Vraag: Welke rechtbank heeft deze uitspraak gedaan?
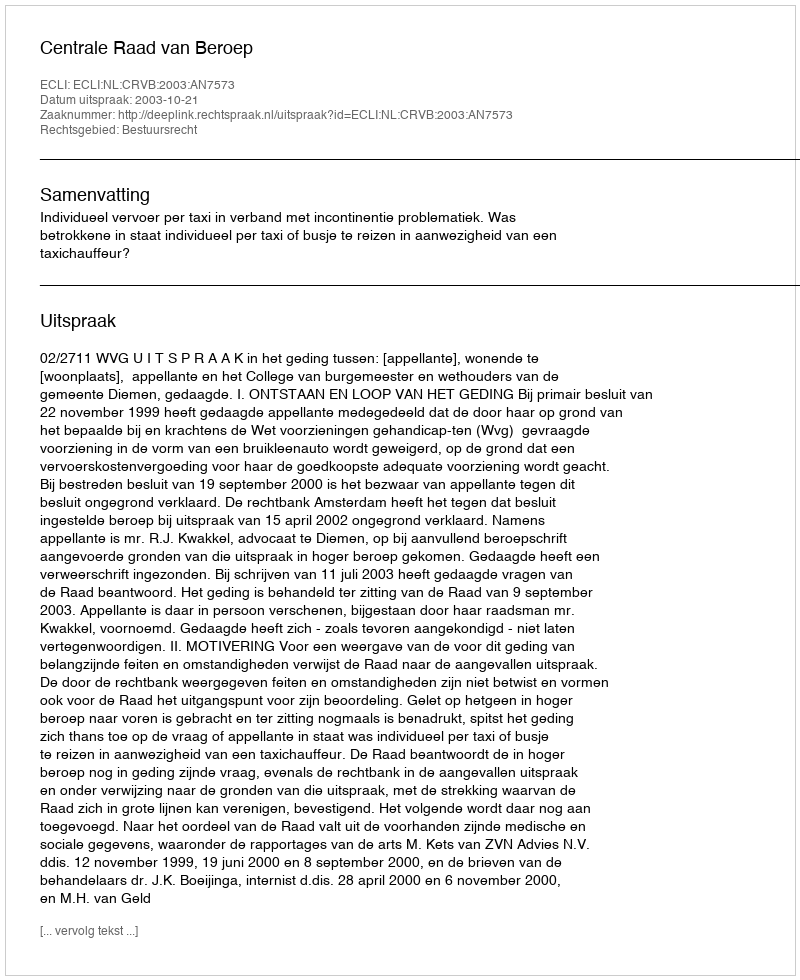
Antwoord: Centrale Raad van Beroep